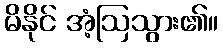
မိနိုင် အံ့ဩသွား၏။